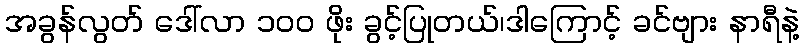
အခွန်လွတ် ဒေါ်လာ ၁၀၀ ဖိုး ခွင့်ပြုတယ်၊ဒါကြောင့် ခင်ဗျား နာရီနဲ့